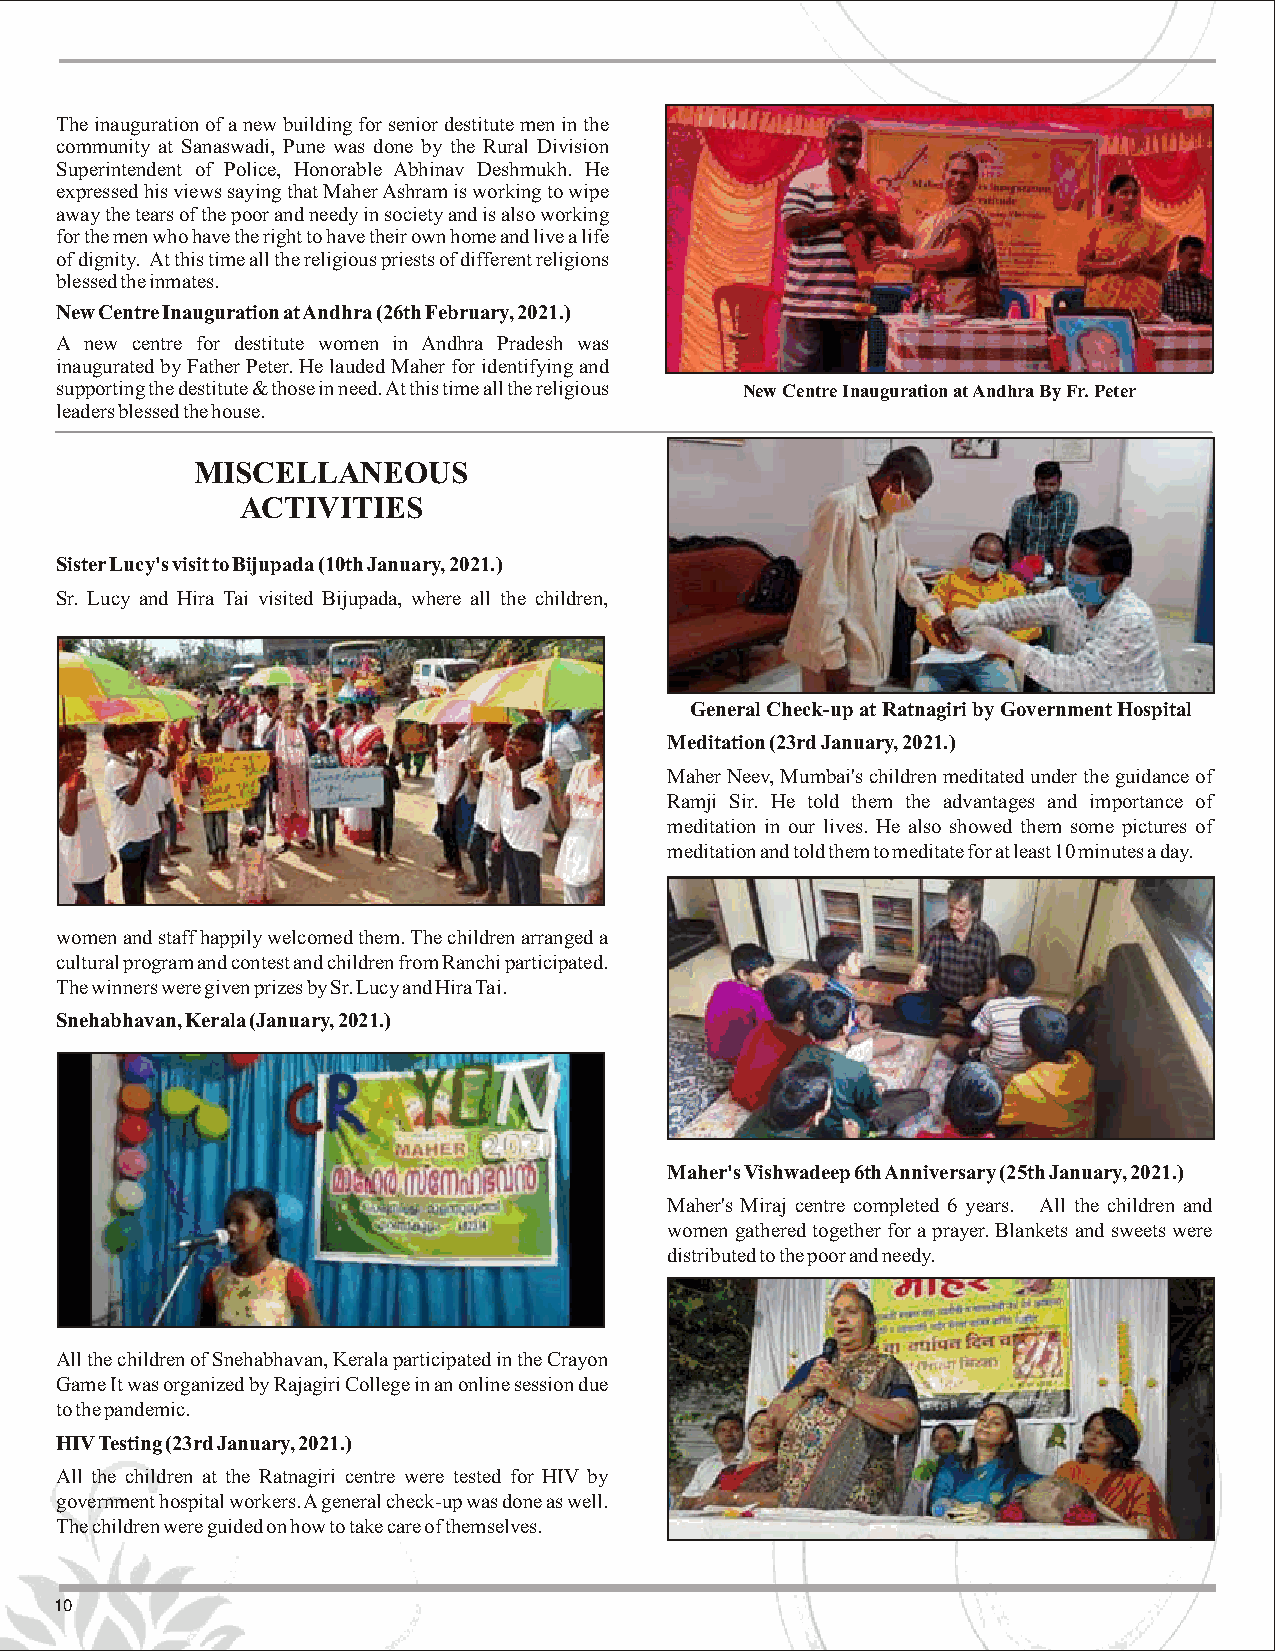
The inauguration of a new building for senior destitute men in the
 community at Sanaswadi, Pune was done by the Rural Division
 Superintendent of Police, Honorable Abhinav Deshmukh. He
 expressed his views saying that Maher Ashram is working to wipe
 away the tears of the poor and needy in society and is also working
 for the men who have the right to have their own home and live a life
 of dignity. At this time all the religious priests of different religions
 blessed the inmates.
 New Centre Inauguration at Andhra (26th February, 2021.)
 A new centre for destitute women in Andhra Pradesh was
 inaugurated by Father Peter. He lauded Maher for identifying and
 supporting the destitute & those in need. At this time all the religious New Centre Inauguration at Andhra By Fr. Peter
 leaders blessed the house.
 MISCELLANEOUS
 ACTIVITIES
 Sister Lucy's visit to Bijupada (10th January, 2021.)
 Sr. Lucy and Hira Tai visited Bijupada, where all the children,
 General Check-up at Ratnagiri by Government Hospital
 Meditation (23rd January, 2021.)
 Maher Neev, Mumbai's children meditated under the guidance of
 Ramji Sir. He told them the advantages and importance of
 meditation in our lives. He also showed them some pictures of
 meditation and told them to meditate for at least 10 minutes a day.
 women and staff happily welcomed them. The children arranged a
 cultural program and contest and children from Ranchi participated.
 The winners were given prizes by Sr. Lucy and Hira Tai.
 Snehabhavan, Kerala (January, 2021.)
 Maher'sVishwadeep 6th Anniversary (25th January, 2021.)
 Maher's Miraj centre completed 6 years. All the children and
 women gathered together for a prayer. Blankets and sweets were
 distributed to the poor and needy.
 All the children of Snehabhavan, Kerala participated in the Crayon
 Game It was organized by Rajagiri College in an online session due
 to the pandemic.
 HIVTesting (23rd January, 2021.)
 All the children at the Ratnagiri centre were tested for HIV by
 government hospital workers. A general check-up was done as well.
 The children were guided on how to take care of themselves.
 10